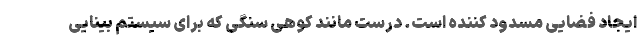
ایجاد فضایی مسدود کننده است. درست مانند کوهی سنگی که برای سیستم بینایی